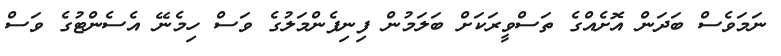
ނަމަވެސް ބަދަން އޮށެއްގެ ތަސްވީރަކަށް ބަލަމުން ފިނިފެންމަލުގެ ވަސް ހިމެނޭ އެސެންޓުގެ ވަސް